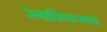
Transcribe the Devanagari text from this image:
रंगाविष्करणच